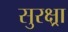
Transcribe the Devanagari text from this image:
सुरक्ष्रा